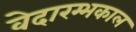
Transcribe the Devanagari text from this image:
वेदारम्भकाल